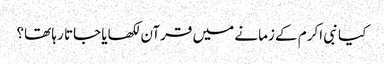
کیا نبی اکرم کے زمانے میں‌ قرآن لکھایا جاتا رہا تھا؟